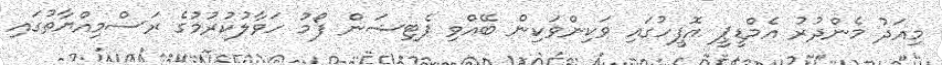
މިއަދު މެންދުރު އެމްޑީޕީ އޮފީހުގައި ވަކިންވަކިން ބޭއްވި ޕެޓިޝަން ފޯމު ހަވާލުކުރުމުގެ ރަސްމިއްޔާތުގައި